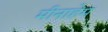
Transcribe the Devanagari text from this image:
मीनाहेम